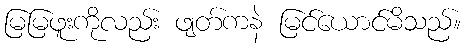
မြမြဖူးကိုလည်း ဖျတ်ကနဲ မြင်ယောင်မိသည်။